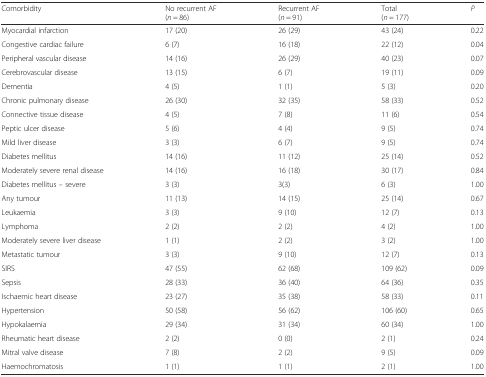
<table><thead><tr><td><b>Comorbidity</b></td><td><b>No recurrent AF(<i>n</i> = 86)</b></td><td><b>Recurrent AF(<i>n</i> = 91)</b></td><td><b>Total(<i>n</i> = 177)</b></td><td><b><i>P</i></b></td></tr></thead><tbody><tr><td>Myocardial infarction</td><td>17 (20)</td><td>26 (29)</td><td>43 (24)</td><td>0.22</td></tr><tr><td>Congestive cardiac failure</td><td>6 (7)</td><td>16 (18)</td><td>22 (12)</td><td>0.04</td></tr><tr><td>Peripheral vascular disease</td><td>14 (16)</td><td>26 (29)</td><td>40 (23)</td><td>0.07</td></tr><tr><td>Cerebrovascular disease</td><td>13 (15)</td><td>6 (7)</td><td>19 (11)</td><td>0.09</td></tr><tr><td>Dementia</td><td>4 (5)</td><td>1 (1)</td><td>5 (3)</td><td>0.20</td></tr><tr><td>Chronic pulmonary disease</td><td>26 (30)</td><td>32 (35)</td><td>58 (33)</td><td>0.52</td></tr><tr><td>Connective tissue disease</td><td>4 (5)</td><td>7 (8)</td><td>11 (6)</td><td>0.54</td></tr><tr><td>Peptic ulcer disease</td><td>5 (6)</td><td>4 (4)</td><td>9 (5)</td><td>0.74</td></tr><tr><td>Mild liver disease</td><td>3 (3)</td><td>6 (7)</td><td>9 (5)</td><td>0.74</td></tr><tr><td>Diabetes mellitus</td><td>14 (16)</td><td>11 (12)</td><td>25 (14)</td><td>0.52</td></tr><tr><td>Moderately severe renal disease</td><td>14 (16)</td><td>16 (18)</td><td>30 (17)</td><td>0.84</td></tr><tr><td>Diabetes mellitus – severe</td><td>3 (3)</td><td>3(3)</td><td>6 (3)</td><td>1.00</td></tr><tr><td>Any tumour</td><td>11 (13)</td><td>14 (15)</td><td>25 (14)</td><td>0.67</td></tr><tr><td>Leukaemia</td><td>3 (3)</td><td>9 (10)</td><td>12 (7)</td><td>0.13</td></tr><tr><td>Lymphoma</td><td>2 (2)</td><td>2 (2)</td><td>4 (2)</td><td>1.00</td></tr><tr><td>Moderately severe liver disease</td><td>1 (1)</td><td>2 (2)</td><td>3 (2)</td><td>1.00</td></tr><tr><td>Metastatic tumour</td><td>3 (3)</td><td>9 (10)</td><td>12 (7)</td><td>0.13</td></tr><tr><td>SIRS</td><td>47 (55)</td><td>62 (68)</td><td>109 (62)</td><td>0.09</td></tr><tr><td>Sepsis</td><td>28 (33)</td><td>36 (40)</td><td>64 (36)</td><td>0.35</td></tr><tr><td>Ischaemic heart disease</td><td>23 (27)</td><td>35 (38)</td><td>58 (33)</td><td>0.11</td></tr><tr><td>Hypertension</td><td>50 (58)</td><td>56 (62)</td><td>106 (60)</td><td>0.65</td></tr><tr><td>Hypokalaemia</td><td>29 (34)</td><td>31 (34)</td><td>60 (34)</td><td>1.00</td></tr><tr><td>Rheumatic heart disease</td><td>2 (2)</td><td>0 (0)</td><td>2 (1)</td><td>0.24</td></tr><tr><td>Mitral valve disease</td><td>7 (8)</td><td>2 (2)</td><td>9 (5)</td><td>0.09</td></tr><tr><td>Haemochromatosis</td><td>1 (1)</td><td>1 (1)</td><td>2 (1)</td><td>1.00</td></tr></tbody></table>